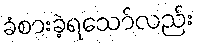
ခံစားခဲ့ရသော်လည်း